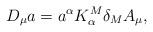
LaTeX: \begin{align*}D_\mu a = a^\alpha K_\alpha^M \delta_M A_\mu,\end{align*}